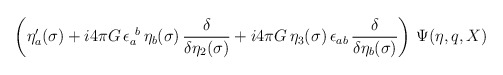
\begin{align*}\left(\eta'_a(\sigma) + i 4\pi G \, \epsilon_a^{~b} \, \eta_b(\sigma) \,{\delta \over \delta\eta_2(\sigma)} + i 4\pi G \, \eta_3(\sigma) \,\epsilon_{ab} \, {\delta \over \delta \eta_b(\sigma)}\right) \, \Psi(\eta,q,X)\hspace*{\fill}\end{align*}